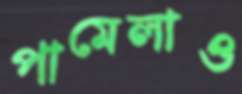
পামেলাও